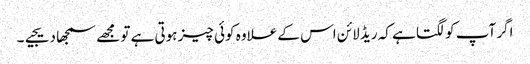
اگر آپ کو لگتا ہے کہ ریڈ لائن اس کے علاوہ کوئی چیز ہوتی ہے تو مجھے سمجھا دیجیے۔